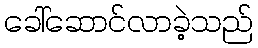
ခေါ်ဆောင်လာခဲ့သည်